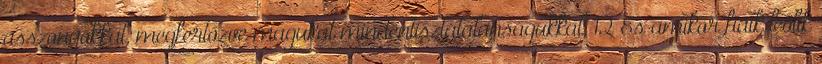
asszonyokkal, megfertőzve magukat mindentisztátalanságukkal. 12 És amikor fiaik leölik